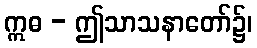
ဣဓ - ဤသာသနာတော်၌၊